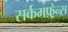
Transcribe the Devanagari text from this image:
सर्कमफ़्रेन्स